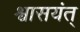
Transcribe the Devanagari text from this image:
श्वासयंत्